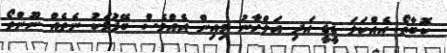
ކޮބާތޯ އެއްކަލަ ޑީޑީ އަދި އަލްހާނު މިއިން އެއްވެސް ބޭފުޅަކު ނެތެއް ނޫންތޯ